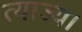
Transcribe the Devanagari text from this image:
त्याज्य।